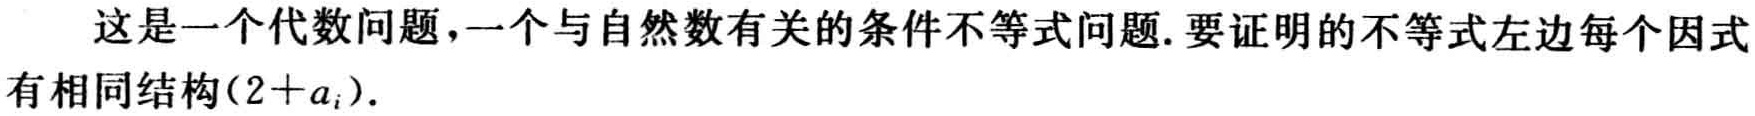
这是一个代数问题，一个与自然数有关的条件不等式问题.要证明的不等式左边每个因式有相同结构\((2 + a_{i})\).